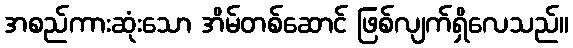
အစည်ကားဆုံးသော အိမ်တစ်ဆောင် ဖြစ်လျက်ရှိလေသည်။